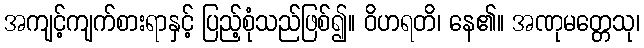
အကျင့်ကျက်စားရာနှင့် ပြည့်စုံသည်ဖြစ်၍။ ဝိဟရတိ၊ နေ၏။ အဏုမတ္တေသု၊